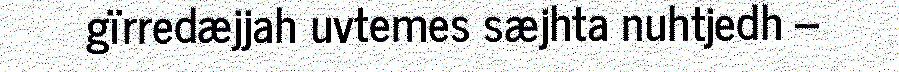
gïrredæjjah uvtemes sæjhta nuhtjedh –